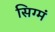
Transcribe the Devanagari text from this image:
सिग्मं